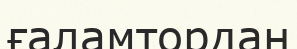
ғаламтордан